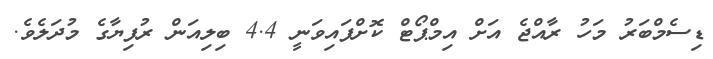
ޑިސެމްބަރު މަހު ރާއްޖެ އަށް އިމްޕޯޓް ކޮށްފައިވަނީ 4.4 ބިލިއަން ރުފިޔާގެ މުދަލެވެ.